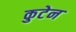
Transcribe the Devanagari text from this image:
कुटेन